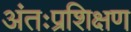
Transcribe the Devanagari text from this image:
अंतःप्रशिक्षण